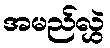
အမည်လွှဲ